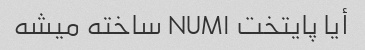
أیا پایتخت NUM۱ ساخته میشه